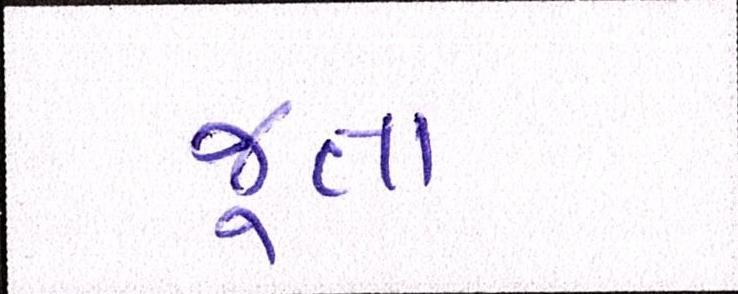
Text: જૂતા